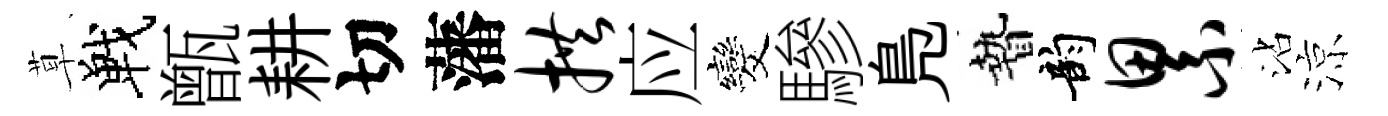
草戰甑耕切藩拱应发驂鳬贄韵累沾涼